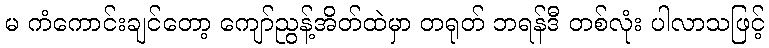
မ ကံကောင်းချင်တော့ ကျော်ညွန့်အိတ်ထဲမှာ တရုတ် ဘရန်ဒီ တစ်လုံး ပါလာသဖြင့်